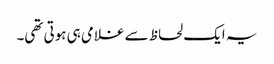
یہ ایک لحاظ سے غلامی ہی ہوتی تھی۔